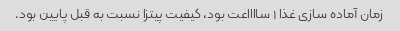
زمان آماده سازی غذا ١ سااااعت بود، کیفیت پیتزا نسبت به قبل پایین بود.